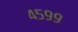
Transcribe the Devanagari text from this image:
४५९९